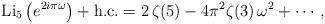
LaTeX: \begin{align*}{\rm Li}_5\left(e^{2 i \pi \omega}\right)+{\rm h.c.}=2 \, \zeta(5)-4\pi^2 \zeta(3)\,\omega^2+\cdots\, ,\end{align*}